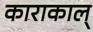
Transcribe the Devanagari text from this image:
काराकाल्